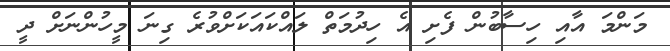
މަންމަ އާއި ހިސާބުން ފެށި އެ ހިދުމަތް ލައްކައަކަށްވުރެ ގިނަ މީހުންނަށް ދީ